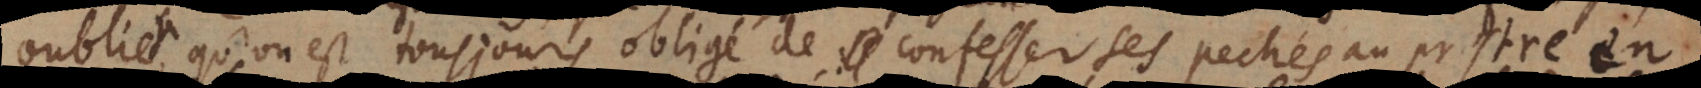
oublier, qu’on est tousjours obligé de confesser ses pechés au prestre en